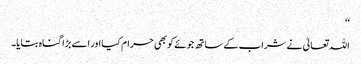
‘‘
اللہ تعالیٰ نے شراب کے ساتھ جوئے کو بھی حرام کیا اور اسے بڑا گناہ بتایا۔